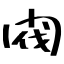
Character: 閥